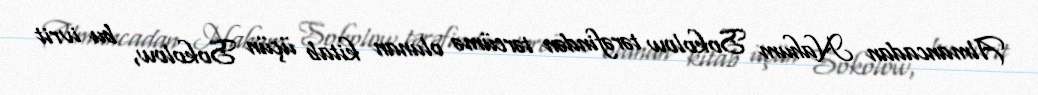
Almancadan Nahum Sokolow tərəfindən tərcümə olunan kitab üçün Sokolow, bu ivrit